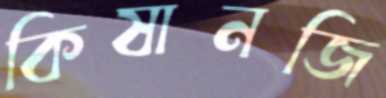
কিষানজি